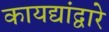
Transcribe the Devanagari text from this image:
कायद्यांद्वारे